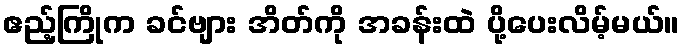
ဧည့်ကြိုက ခင်ဗျား အိတ်ကို အခန်းထဲ ပို့ပေးလိမ့်မယ်။